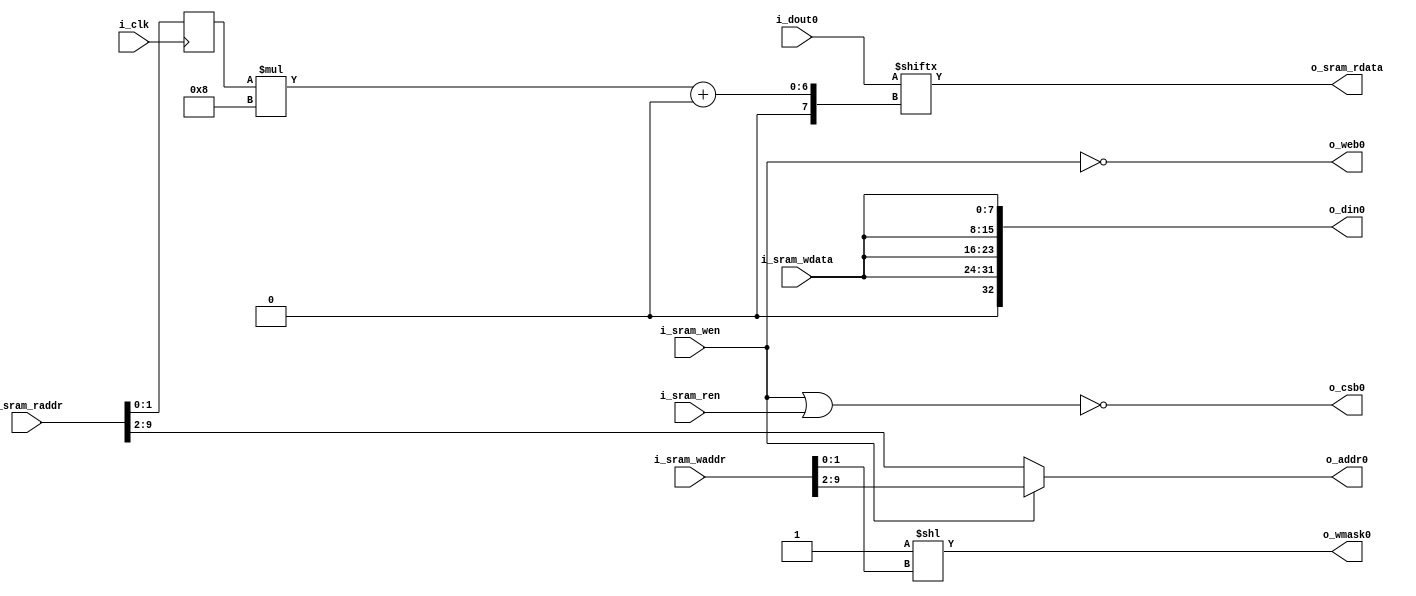
module sram_width_converter
  #(parameter aw = 10)
  (
   input wire 		i_clk,
   //8-bit Subservient interface
   input wire [aw-1:0] 	i_sram_waddr,
   input wire [7:0] 	i_sram_wdata,
   input wire 		i_sram_wen,
   input wire [aw-1:0] 	i_sram_raddr,
   output wire [7:0] 	o_sram_rdata,
   input wire 		i_sram_ren,
   //32-bit OpenRAM interface
   output wire 		o_csb0,
   output wire 		o_web0,
   output wire [3:0] 	o_wmask0,
   output wire [aw-3:0] o_addr0,
   output wire [32:0] 	o_din0,
   input wire [32:0] 	i_dout0);

   assign o_csb0 = !(i_sram_wen | i_sram_ren);
   assign o_web0 = !i_sram_wen;
   assign o_wmask0 = 4'd1 << i_sram_waddr[1:0]; //Decode address LSB to write mask
   assign o_addr0 = i_sram_wen ? i_sram_waddr[aw-1:2] : i_sram_raddr[aw-1:2]; //Memory is 32-bit word-addressed. Cut off 2 LSB
   assign o_din0  = {1'b0,{4{i_sram_wdata}}}; //Mirror write data to all byte lanes

   reg [1:0] 		sram_bsel;
   always @(posedge i_clk)
     sram_bsel <= i_sram_raddr[1:0];

   assign o_sram_rdata = i_dout0[sram_bsel*8+:8]; //Pick the right byte from the read data

endmodule